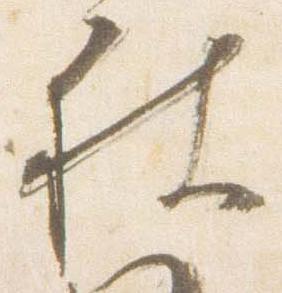
被